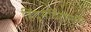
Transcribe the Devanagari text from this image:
हिंदूमंदिरांमध्ये